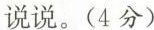
说说。（4分）